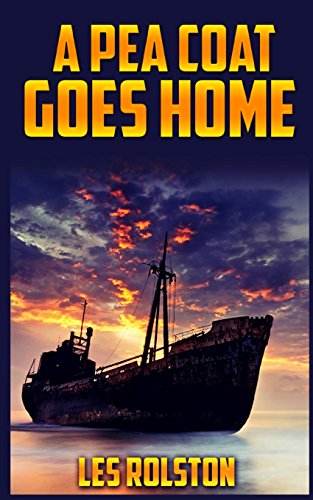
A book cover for A Pea Coat Goes Home; Les Rolston; Parenting & Relationships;